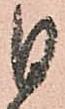
日